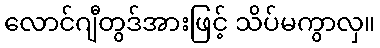
လောင်ဂျီတွဒ်အားဖြင့် သိပ်မကွာလှ။